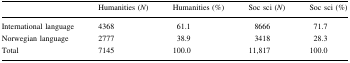
|  | Humanities (N) | Humanities (%) | Soc sci (N) | Soc sci (%) |
 | --- | --- | --- | --- | --- |
 | International language | 4368 | 61.1 | 8666 | 71.7 |
 | Norwegian language | 2777 | 38.9 | 3418 | 28.3 |
 | Total | 7145 | 100.0 | 11,817 | 100.0 |